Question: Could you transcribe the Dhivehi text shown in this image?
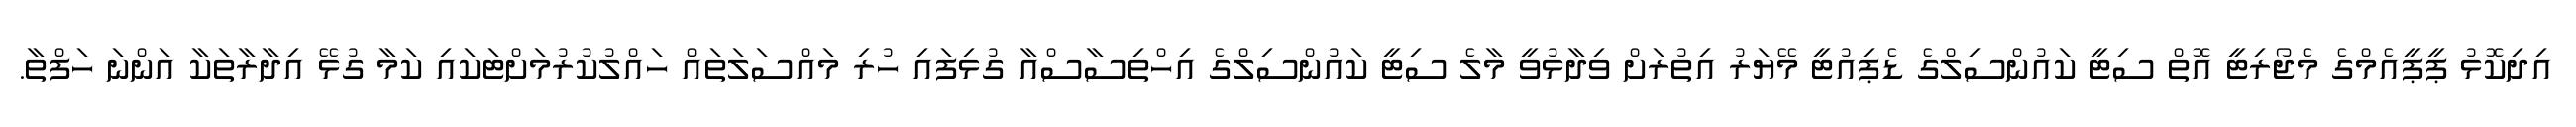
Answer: އިދިކޮޅު ޕީޕީއެމްގެ މެޖޯރިޓީ އޮތް ސިޓީ ކައުންސިލްގެ ޑެޕިއުޓީ މޭޔަރު އިތުރަށް ވިދާޅުވީ މާލެ ސިޓީ ކައުންސިލްގެ އިހްތިސާސްއާ ގުޅިފައި ހުރި މައްސަލަތައް ހައްލުކުރުމަށްޓަކައި ކަމާ ގުޅޭ އިދާރާތަކާ އަންނަ ހަފްތާ.